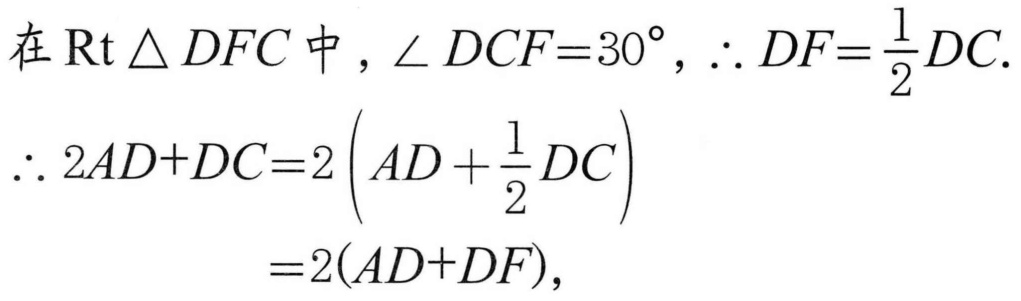
在$\mathrm{Rt}\triangle DFC$中，$\angle DCF = 30^{\circ},\therefore DF=\frac{1}{2}DC.$
$\therefore 2AD + DC=2\left(AD+\frac{1}{2}DC\right)$
$=2(AD + DF),$